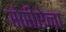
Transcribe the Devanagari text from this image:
सेरीऐना